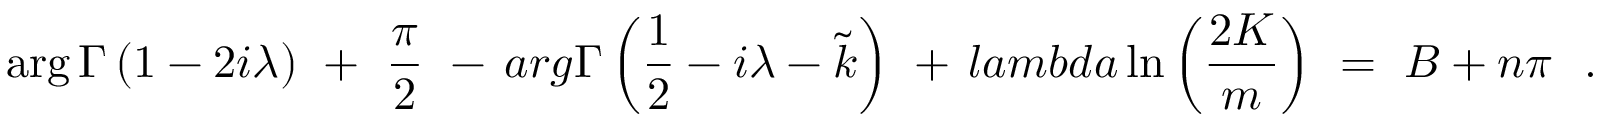
\arg \Gamma \left( { 1 - 2 i \lambda } \right) \ + \ { \frac { \pi } { 2 } } \ - \, a r g \Gamma \left( \frac { 1 } { 2 } - i \lambda - \widetilde { k } \right) \ + \, l a m b d a \ln \left( { \frac { 2 K } { m } } \right) \ = \ B + n \pi \ \ .